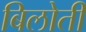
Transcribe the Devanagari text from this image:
बिलोती